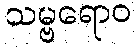
သမ္ဗရောဝ